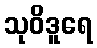
သုဝိဒူရေ